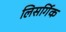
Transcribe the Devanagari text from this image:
लिसर्गिक